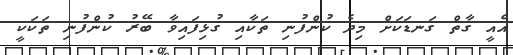
އެއީ ގާތް ގަނޑަކަށް މިދެ ކުންފުނި ތަކާއި ގުޅިފައިވާ ބޭރު ކުންފުނި ތަކަކީ